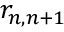
r _ { n , n + 1 }